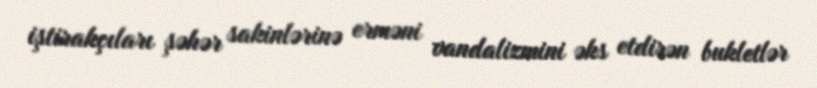
iştirakçıları şəhər sakinlərinə erməni vandalizmini əks etdirən bukletlər